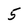
Character: 5